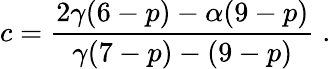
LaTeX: c=\frac{2\gamma(6-p)-\alpha(9-p)}{\gamma(7-p)-(9-p)}\; .